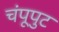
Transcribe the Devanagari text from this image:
चंपूपुट